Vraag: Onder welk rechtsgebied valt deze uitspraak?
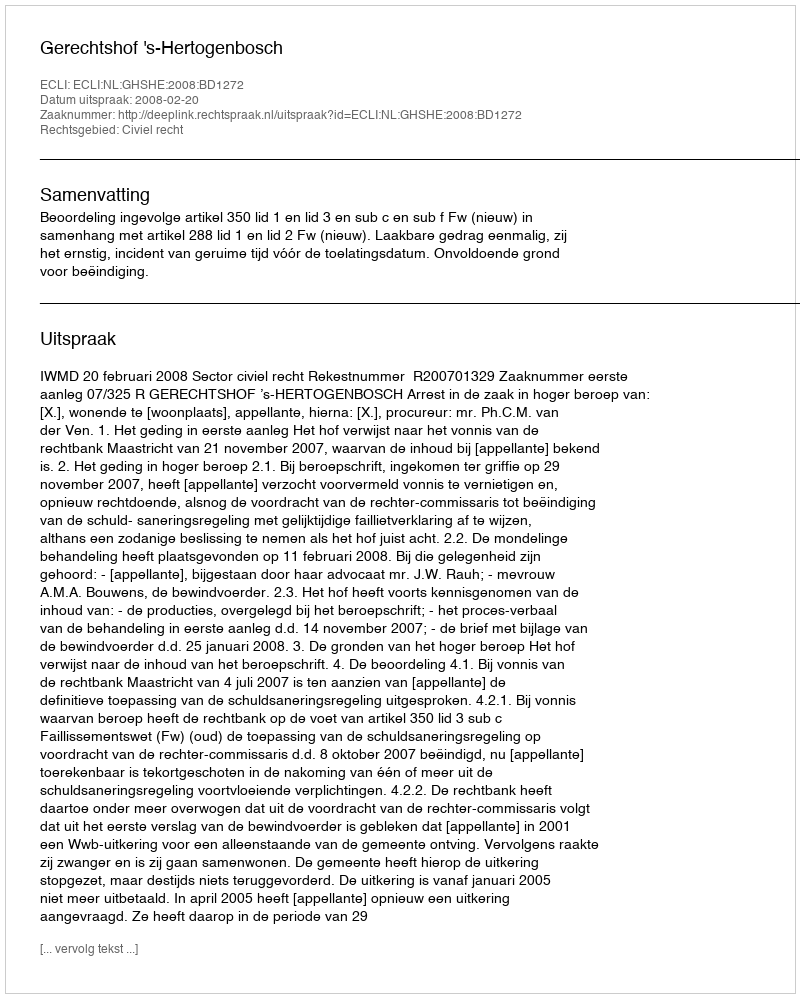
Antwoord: Civiel recht